Investigations on Bengal jail dietaries - Number 37
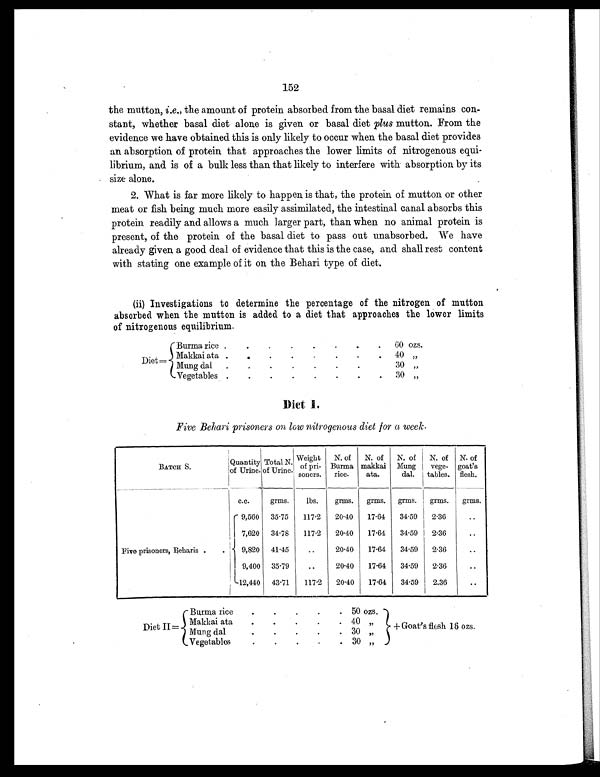
152
the mutton, i.e., the amount of protein absorbed from the basal diet remains con-
stant, whether basal diet alone is given or basal diet plus mutton. From the
evidence we have obtained this is only likely to occur when the basal diet provides
an absorption of protein that approaches the lower limits of nitrogenous equi-
librium, and is of a bulk less than that likely to interfere with absorption by its
size alone.
2. What is far more likely to happen is that, the protein of mutton or other
meat or fish being much more easily assimilated, the intestinal canal absorbs this
protein readily and allows a much larger part, than when no animal protein is
present, of the protein of the basal diet to pass out unabsorbed. We have
already given a good deal of evidence that this is the case, and shall rest content
with stating one example of it on the Behari type of diet.
(ii) Investigations to determine the percentage of the nitrogen of mutton
absorbed when the mutton is added to a diet that approaches the lower limits
of nitrogenous equilibrium.
Diet=
Burma rice .
.
.
.
.
.
.
.
60 ozs.
Makkai ata .
.
.
.
.
.
.
.
40
„
Mung dal
. .
.
.
.
.
.
.
3 0
„
Vegetable
. .
.
.
.
.
.
.
3 0
„
Diet I.
Five Behari prisoners on low nitrogenous diet for a week.
BATCH S.
Quantity
of urine.
Total N.
of Urine.
Weight
of pri-
soners.
N. of
Burma
rice.
N. of
makkai
ata.
N. of
Mung
dal.
N. of
vege-
tables.
N. of
goat's
flesh.
c.c.
grms.
lbs.
grms.
grms.
grms.
grms.
grms.
Five prisoners, Beharis .
.
9,560
35.75
117.2
20.40
17.64
34.59
2.36
..
7,620
34.78
117.2
20.40
17.64
34.59
2.36
..
9,820
41.45
..
20.40
17.64
34.59
2.36
..
9,400 35.79
..
20.40
17.64
34.59
2.36
..
12,440
43.71
117.2
20.40
17.64
34.59
2.36
..
Diet II=
Burma rice
.
.
.
.
. 50 ozs.
+ Goat's flesh 16 ozs.
Makkai ata
.
.
.
.
. 40
„
Mung dal
.
.
.
. . 30 „
Vegetable
.
.
.
.
. 30 „